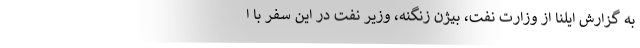
به گزارش ایلنا از وزارت نفت، بیژن زنگنه، وزیر نفت در این سفر با ا